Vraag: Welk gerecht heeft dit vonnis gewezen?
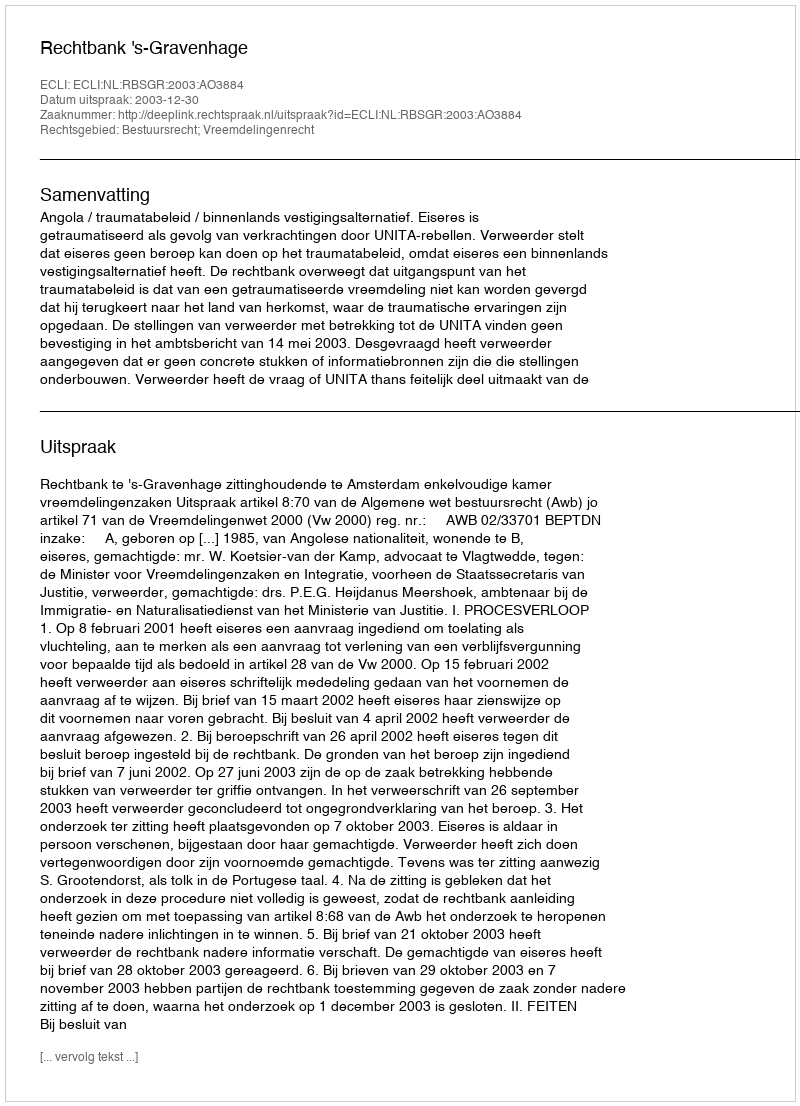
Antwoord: Rechtbank 's-Gravenhage